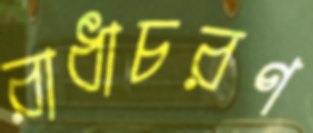
রাধাচরণ